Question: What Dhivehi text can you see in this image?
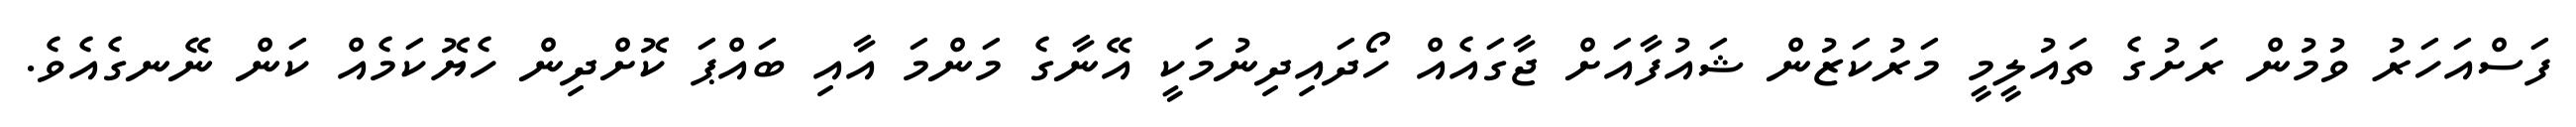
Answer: ފަސްއަހަރު ވުމުން ރަށުގެ ތައުލީމީ މަރުކަޒުން ޝައުފާއަށް ޖާގައެއް ހޯދައިދިނުމަކީ އޭނާގެ މަންމަ އާއި ބައްޕަ ކޮށްދިން ހެޔޮކަމެއް ކަން ނޭނގެއެވެ.